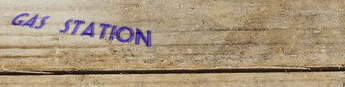
gas station